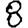
Digit: 8